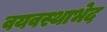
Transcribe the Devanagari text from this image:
वयवस्थाभेद